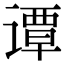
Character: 谭